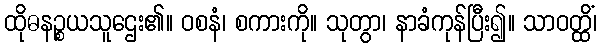
ထိုဓနဉ္စယသူဌေး၏။ ဝစနံ၊ စကားကို။ သုတွာ၊ နာခံကုန်ပြီး၍။ သာဝတ္ထိံ၊